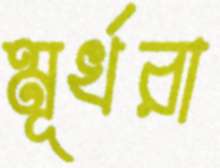
মূর্খরা